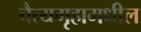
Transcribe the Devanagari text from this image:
चैत्यगृहामधील